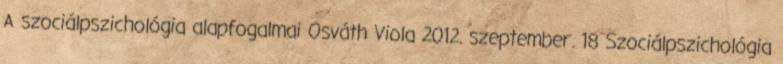
A szociálpszichológia alapfogalmai Osváth Viola 2012. szeptember. 18 Szociálpszichológia